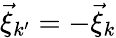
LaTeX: \vec{\xi}_{k^{\prime}}=-\vec{\xi}_{k}